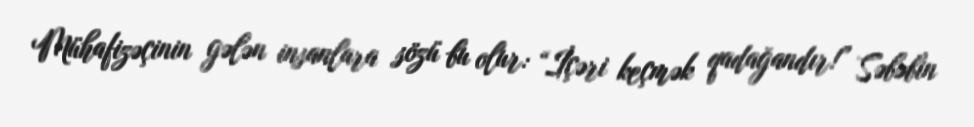
Mühafizəçinin gələn insanlara sözü bu olur: “İçəri keçmək qadağandır!” Səbəbin